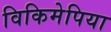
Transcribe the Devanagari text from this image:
विकिमेपिया